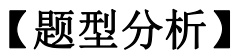
【题型分析】